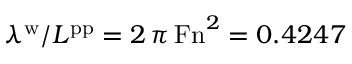
\lambda ^ { \mathrm { w } } / L ^ { \mathrm { p p } } = 2 \, \pi \, \mathrm { F n } ^ { 2 } = 0 . 4 2 4 7